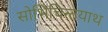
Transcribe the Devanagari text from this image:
सोभिचिन्तयाथ